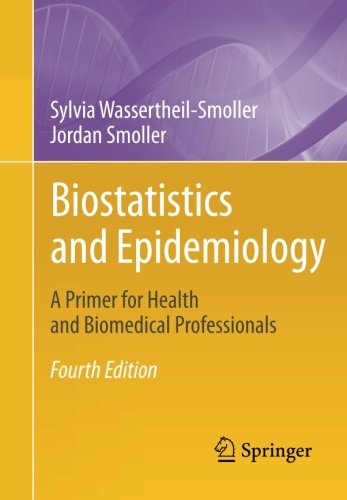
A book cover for Biostatistics and Epidemiology: A Primer for Health and Biomedical Professionals; Sylvia Wassertheil-Smoller; Medical Books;